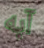
آبه